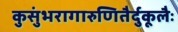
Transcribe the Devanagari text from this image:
कुसुंभरागारुणितैर्दुकूलैः